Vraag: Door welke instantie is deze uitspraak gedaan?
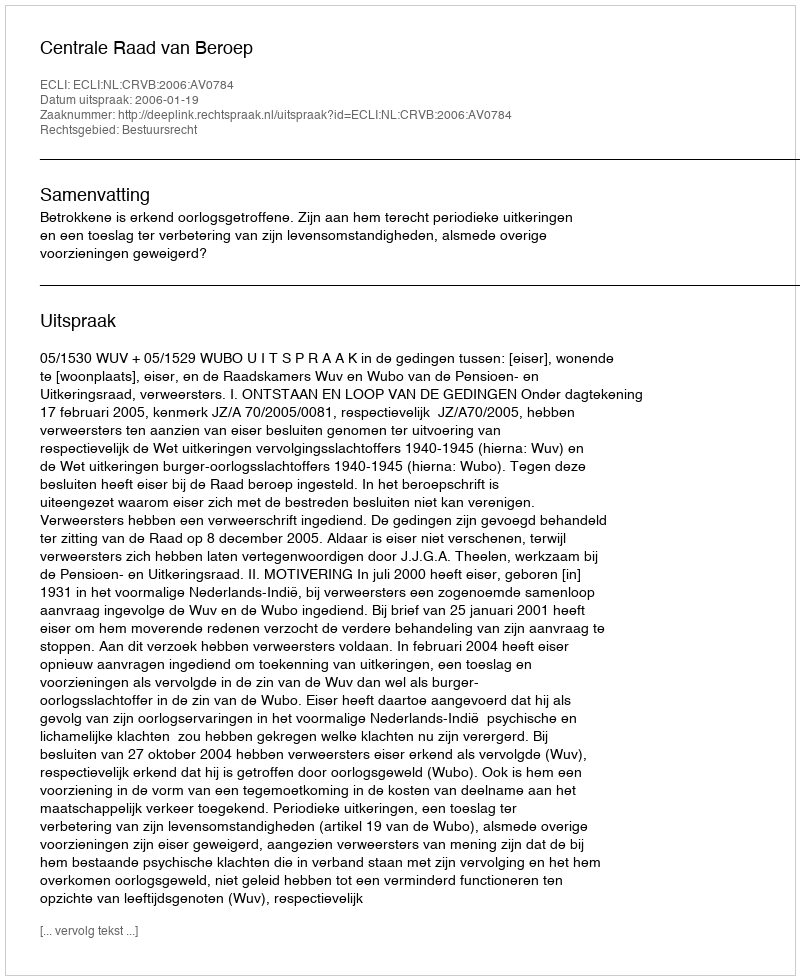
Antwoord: Centrale Raad van Beroep